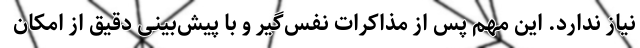
نیاز ندارد. این مهم پس از مذاکرات نفس‌گیر و با پیش‌بینی‌ دقیق از امکان